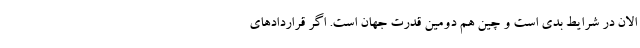
الان در شرایط بدی است و چین هم دومین قدرت جهان است. اگر قراردادهای